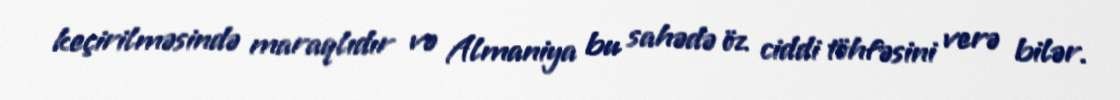
keçirilməsində maraqlıdır və Almaniya bu sahədə öz ciddi töhfəsini verə bilər.